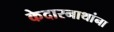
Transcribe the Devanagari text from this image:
केदारनाथांना